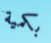
بكمية